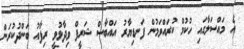
އެ މައްސަލާގައި ހުކުމް ކުރައްވަމުން ފަނޑިޔާރު އައްބާސް ޝަރީފް ވިދާޅުވީ ރިފާއު ބަންދުކުރަން